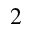
^ { 2 }